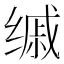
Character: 𦈚